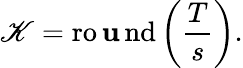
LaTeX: \mathscr{K}=\operatorname{ro\mathbf{u}nd}\left({\frac{{T}}{{s}}}\right).